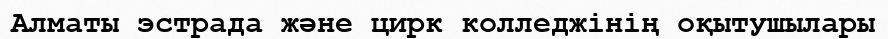
Алматы эстрада және цирк колледжінің оқытушылары